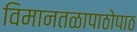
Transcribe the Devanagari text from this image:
विमानतळापाठोपाठ